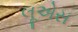
લૂએસ